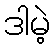
ဒါမဲ့